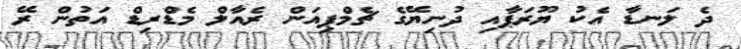
ދެ ލަނޑާ އެކު ޔޫރަޕާއި ދުނިޔޭގެ ޗެމްޕިއަން ރެއާލް މެޑްރިޑް އަތުން ރޭ